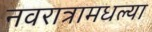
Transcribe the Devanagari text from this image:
नवरात्रामधल्या